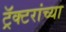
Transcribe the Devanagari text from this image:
ट्रॅक्टरांच्या